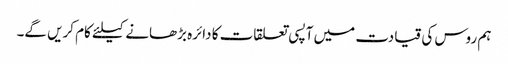
ہم روس کی قیادت میں آپسی تعلقات کا دائرہ بڑھانے کیلئے کام کریں گے۔